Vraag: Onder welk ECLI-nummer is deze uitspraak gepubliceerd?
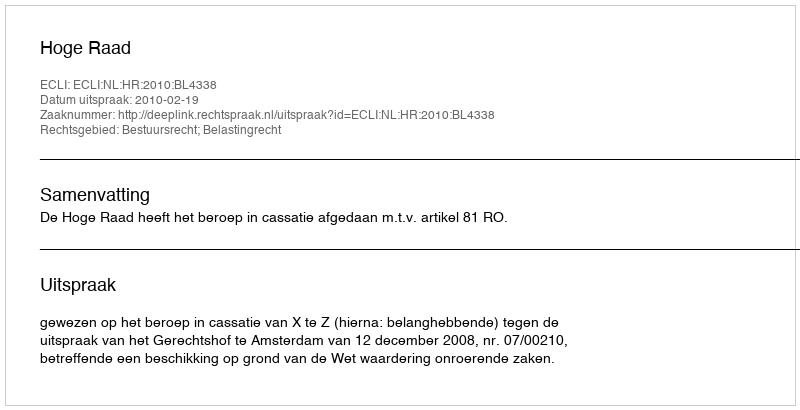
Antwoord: ECLI:NL:HR:2010:BL4338